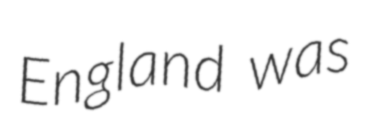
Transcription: England was